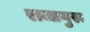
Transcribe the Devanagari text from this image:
राजागुरू